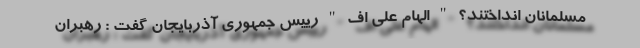
مسلمانان انداختند؟ " الهام علی اف " رییس جمهوری آذربایجان گفت : رهبران